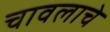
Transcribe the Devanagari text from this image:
चावलाचे